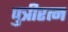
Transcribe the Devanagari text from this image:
पुत्रीरत्न